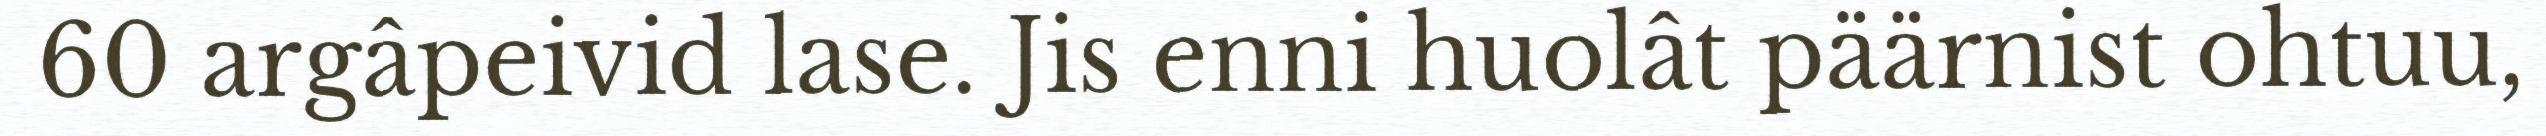
60 argâpeivid lase. Jis enni huolât päärnist ohtuu,